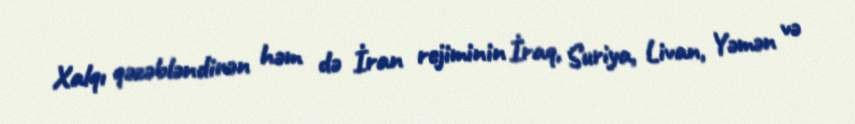
Xalqı qəzəbləndirən həm də İran rejiminin İraq, Suriya, Livan, Yəmən və